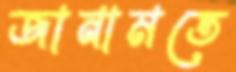
জানামতে